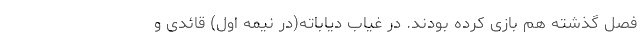
فصل گذشته هم بازی کرده بودند. در غیاب دیاباته(در نیمه اول) قائدی و